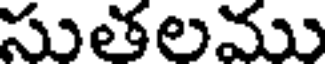
సుతలము